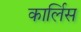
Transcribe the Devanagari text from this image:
कार्लिस